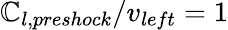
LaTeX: \mathbb{C}_{l,preshock}/v_{left}=1